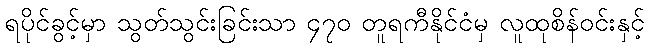
ရပိုင်ခွင့်မှာ သွတ်သွင်းခြင်းသာ ၄၇၀ တူရကီနိုင်ငံမှ လူထုစိန်ဝင်းနှင့်